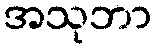
အသုဘာ